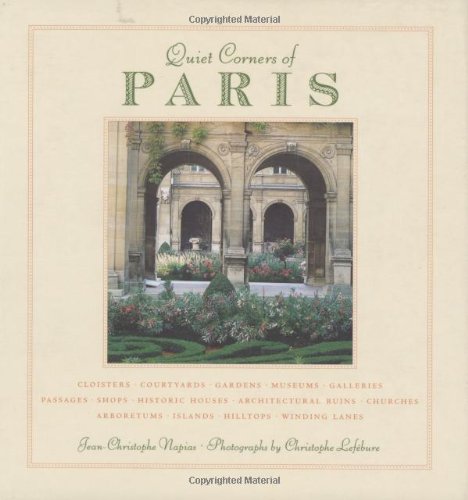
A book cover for Quiet Corners of Paris; Jean-Christophe Napias; Travel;